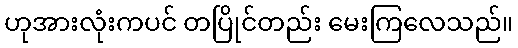
ဟုအားလုံးကပင် တပြိုင်တည်း မေးကြလေသည်။